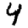
Digit: 4